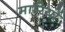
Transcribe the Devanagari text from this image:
मारियों